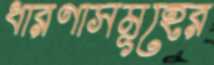
ধারণাসমূহের